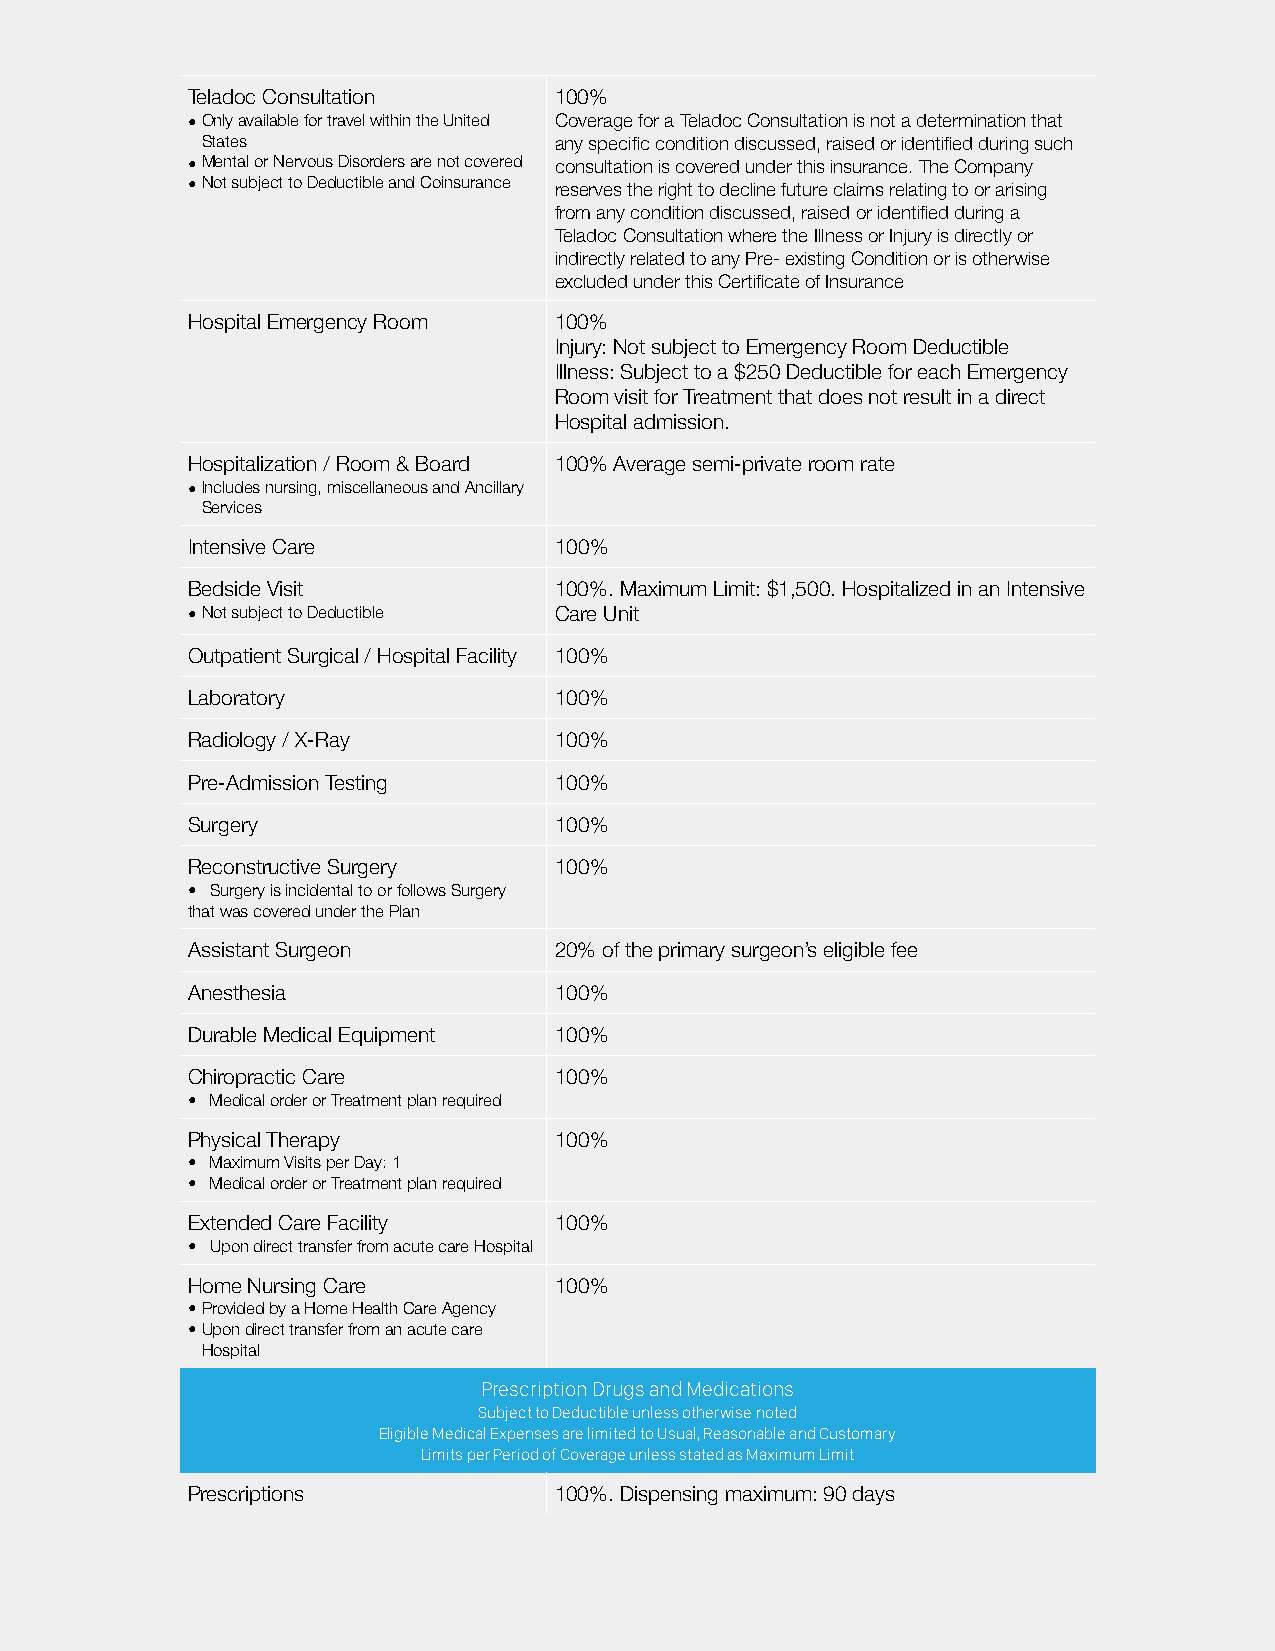
Teladoc Consultation     100%
 •Only available for travel within the United Coverage for a Teladoc Consultation is not a determination that
 States                  any specific condition discussed, raised or identified during such
 •Mental or Nervous Disorders are not covered consultation is covered under this insurance. The Company
 •Not subject to Deductible and Coinsurance reserves the right to decline future claims relating to or arising
 from any condition discussed, raised or identified during a
 Teladoc Consultation where the Illness or Injury is directly or
 indirectly related to any Pre- existing Condition or is otherwise
 excluded under this Certificate of Insurance
 Hospital Emergency Room  100%
 Injury: Not subject to Emergency Room Deductible
 Illness: Subject to a $250 Deductible for each Emergency
 Room visit for Treatment that does not result in a direct
 Hospital admission.
 Hospitalization / Room & Board 100% Average semi-private room rate
 •Includes nursing, miscellaneous and Ancillary
 Services
 Intensive Care           100%
 Bedside Visit            100%. Maximum Limit: $1,500. Hospitalized in an Intensive
 •Not subject to Deductible Care Unit
 Outpatient Surgical / Hospital Facility 100%
 Laboratory               100%
 Radiology / X-Ray        100%
 Pre-Admission Testing    100%
 Surgery                  100%
 Reconstructive Surgery   100%
 • Surgery is incidental to or follows Surgery
 that was covered under the Plan
 Assistant Surgeon        20% of the primary surgeon’s eligible fee
 Anesthesia               100%
 Durable Medical Equipment 100%
 Chiropractic Care        100%
 • Medical order or Treatment plan required
 Physical Therapy         100%
 • Maximum Visits per Day: 1
 • Medical order or Treatment plan required
 Extended Care Facility   100%
 • Upon direct transfer from acute care Hospital
 Home Nursing Care        100%
 •Provided by a Home Health Care Agency
 •Upon direct transfer from an acute care
 Hospital
 Prescription Drugs and Medications
 Subject to Deductible unless otherwise noted
 Eligible Medical Expenses are limited to Usual, Reasonable and Customary
 Limits per Period of Coverage unless stated as Maximum Limit
 Prescriptions            100%. Dispensing maximum: 90 days